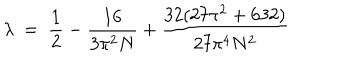
\lambda ~ = ~ \frac { 1 } { 2 } - \frac { 1 6 } { 3 \pi ^ { 2 } N } + \frac { 3 2 ( 2 7 \pi ^ { 2 } + 6 3 2 ) } { 2 7 \pi ^ { 4 } N ^ { 2 } }